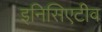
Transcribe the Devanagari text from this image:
इनिसिएटीव